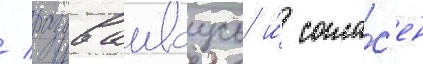
/ раздваиваусь и́ согла́с'ен